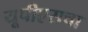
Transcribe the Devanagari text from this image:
यूपीएसचा